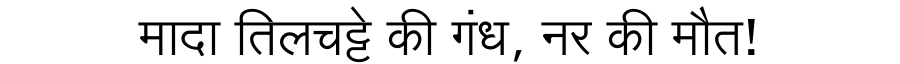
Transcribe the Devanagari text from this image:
मादा तिलचट्टे की गंध, नर की मौत!